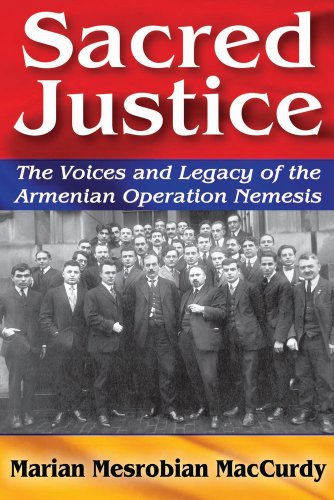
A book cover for Sacred Justice: The Voices and Legacy of the Armenian Operation Nemesis (Armenian Studies); Marian Mesrobian MacCurdy; History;